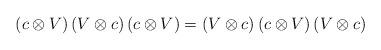
LaTeX: \begin{align*}\left( c\otimes V\right) \left( V\otimes c\right) \left( c\otimes V\right)=\left( V\otimes c\right) \left( c\otimes V\right) \left( V\otimes c\right)\end{align*}